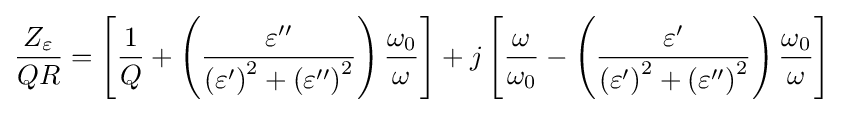
{\frac {Z_{\varepsilon }}{QR}}=\left[{\frac {1}{Q}}+\left({\frac {\varepsilon ^{\prime \prime }}{\left(\varepsilon ^{\prime }\right)^{2}+\left(\varepsilon ^{\prime \prime }\right)^{2}}}\right){\frac {\omega _{0}}{\omega }}\right]+j\left[{\frac {\omega }{\omega _{0}}}-\left({\frac {\varepsilon ^{\prime }}{\left(\varepsilon ^{\prime }\right)^{2}+\left(\varepsilon ^{\prime \prime }\right)^{2}}}\right){\frac {\omega _{0}}{\omega }}\right]